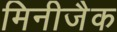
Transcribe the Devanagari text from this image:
मिनीजैक